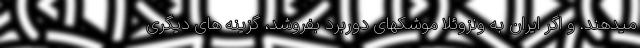
میدهند. و اگر ایران به ونزوئلا موشکهای دوربرد بفروشد، گزینه های دیگری